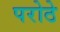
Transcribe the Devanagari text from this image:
परोठे